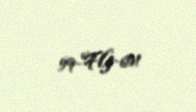
59-FG-601